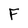
Character: F